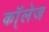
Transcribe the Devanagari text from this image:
कॉ्लेज